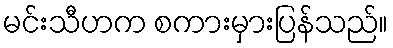
မင်းသီဟက စကားမှားပြန်သည်။